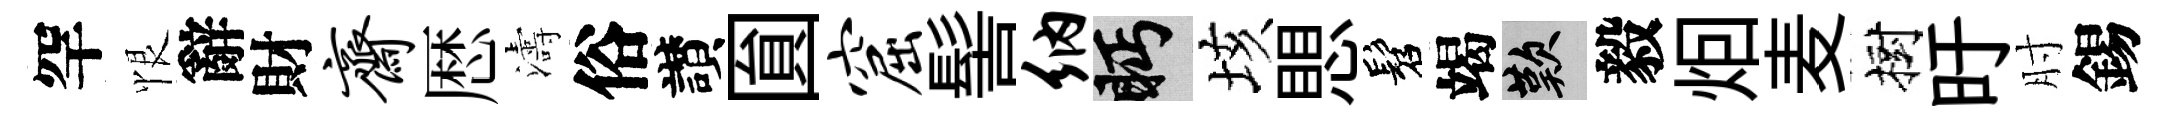
罕恨辭財斋厯濤俗讃圎窟髻纳眄垓愳髫竭嘆毅𤇆麦樹旴肘錫